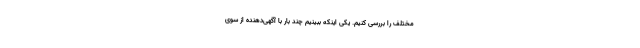
مختلف را بررسی کنیم. یکی اینکه ببینیم چند بار با آگهی‌دهنده از سوی